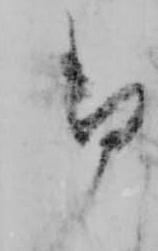
御